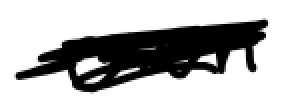
Text: own
Cross-out: scratch
Writing tool: digital_black